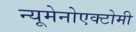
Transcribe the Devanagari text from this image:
न्यूमेनोएक्टोमी